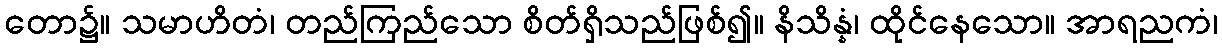
တော၌။ သမာဟိတံ၊ တည်ကြည်သော စိတ်ရှိသည်ဖြစ်၍။ နိသိန္နံ၊ ထိုင်နေသော။ အာရညကံ၊